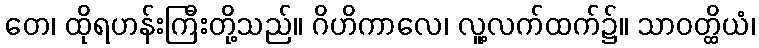
တေ၊ ထိုရဟန်းကြီးတို့သည်။ ဂိဟိကာလေ၊ လူ့လက်ထက်၌။ သာဝတ္ထိယံ၊